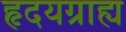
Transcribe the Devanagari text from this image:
हृदयग्राह्य